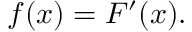
f ( x ) = F ^ { \prime } ( x ) .